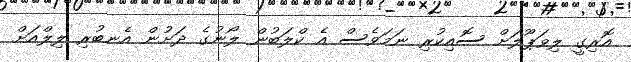
އޮރިގީ ލިވަޕޫލަށް ސޮއިކުރި ނަމަވެސް އެ ކްލަބުން ލޯނުގެ ދަށުން އެނބުރި ލިލްއަށް